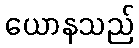
ယောနသည်